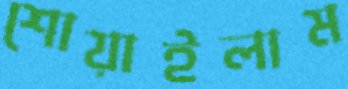
শোয়াইলাম